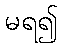
မရ၍